Note on the mental hospitals in Burma - 1925-1940
Year: 1925
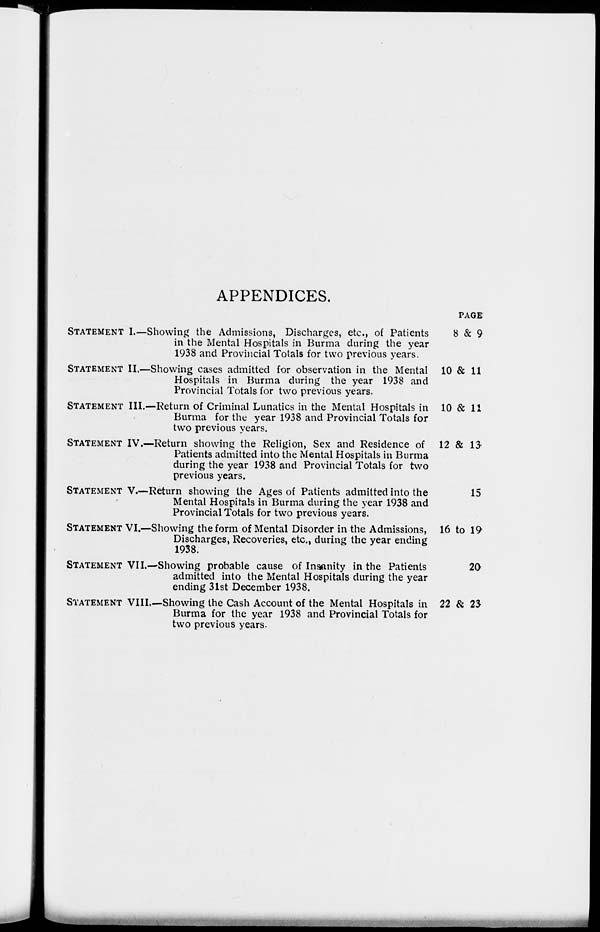
APPENDICES.
STATEMENT I.—
STATEMENT II.—
STATEMENT III.—
STATEMENT IV. —
STATEMENT V.—
STATEMENT VI.—
STATEMENT VII.—
STATEMENT VIII.—
Showing the Admissions, Discharges, etc., of Patients
in the Mental Hospitals in Burma during the year
1938 and Provincial Totals for two previous years.
Showing cases admitted for observation in the Mental
Hospitals in Burma during the year 1938 and
Provincial Totals for two previous years.
Return of Criminal Lunatics in the Mental Hospitals in
Burma for the year 1938 and Provincial Totals for
two previous years.
Return showing the Religion, Sex and Residence of
Patients admitted into the Mental Hospitals in Burma
during the year 1938 and Provincial Totals for two
previous years.
Return showing the Ages of Patients admitted into the
Mental Hospitals in Burma during the year 1938 and
Provincial Totals for two previous years.
Showing the form of Mental Disorder in the Admissions,
Discharges, Recoveries, etc., during the year ending
1938.
Showing probable cause of Insanity in the Patients
admitted into the Mental Hospitals during the year
ending 31st December 1938.
Showing the Cash Account of the Mental Hospitals in
Burma for the year 1938 and Provincial Totals for
two previous years.
PAGE
8 & 9
10 & 11
10 & 11
12 & 13
15
16 to 19
20
22 & 23